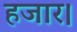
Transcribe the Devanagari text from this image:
हजार।